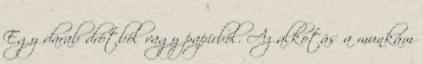
Egy darab drótból vagy papírból. Az alkotás a munkám